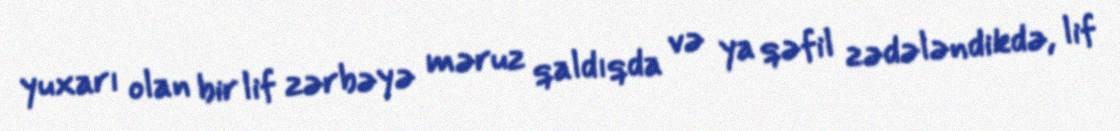
yuxarı olan bir lif zərbəyə məruz qaldıqda və ya qəfil zədələndikdə, lif